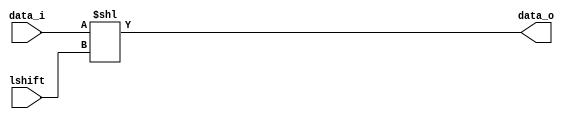
module Sll(
	data_i,
	lshift,
	data_o
);

input [31:0] data_i; 
input [4:0] lshift;
output [31:0] data_o;

assign data_o = data_i << lshift;

endmodule